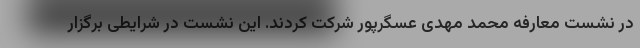
در نشست معارفه محمد مهدی عسگرپور شرکت کردند. این نشست در شرایطی برگزار